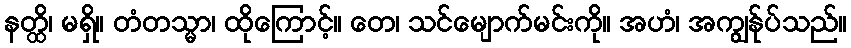
နတ္ထိ၊ မရှိ။ တံတသ္မာ၊ ထိုကြောင့်။ တေ၊ သင်မျောက်မင်းကို။ အဟံ၊ အကျွန်ုပ်သည်။